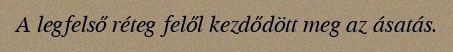
A legfelső réteg felől kezdődött meg az ásatás.